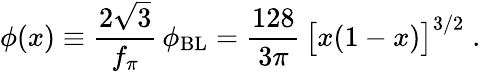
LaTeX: \phi(x)\equiv\frac{2\sqrt{3}}{f_{\pi}}\, \phi_{\mathrm{BL}}=\frac{128}{3\pi}\, \big[x(1-x)\big]^{3/2}\; .